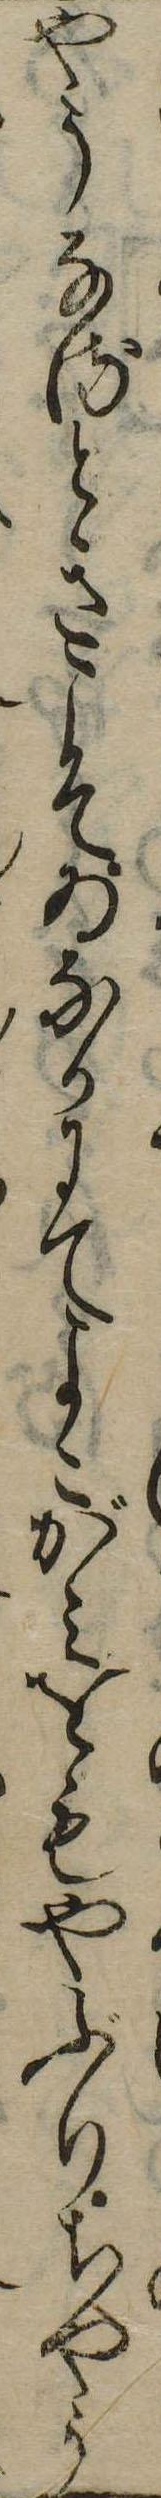
やうなるときこそゐなかにてよこがみをもやぶりちやう